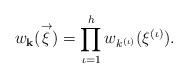
LaTeX: \begin{align*}w_{\mathbf{k}} (\stackrel{\rightarrow}{\xi}) = \prod_{\iota=1}^h w_{k^{(\iota)}}(\xi^{(\iota)}).\end{align*}